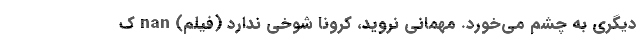
دیگری به چشم می‌خورد. مهمانی نروید، کرونا شوخي ندارد (فیلم) nan ک